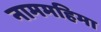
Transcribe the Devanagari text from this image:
नाममहिमा